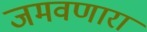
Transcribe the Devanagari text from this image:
जमवणारा